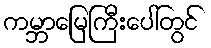
ကမ္ဘာမြေကြီးပေါ်တွင်